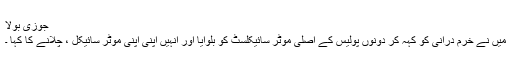
جوزی بولا
میں نے خرّم درانی کو کہہ کر دونوں پولیس کے اصلی موٹر سائیکلسٹ کو بلوایا اور اُنہیں اپنی اپنی موٹر سائیکل ، چلانے کا کہا ۔